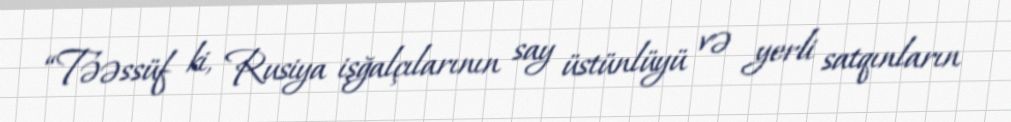
“Təəssüf ki, Rusiya işğalçılarının say üstünlüyü və yerli satqınların